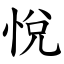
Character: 悅